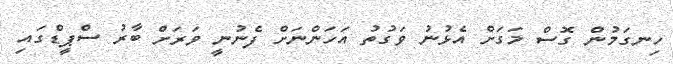
ހިނގަމުން ގޮސް މަގަށް އެޅުނު ވަގުތު އަހަންނަށް ފެނުނީ ވަރަށް ބާރު ސްޕީޑްގައި